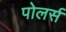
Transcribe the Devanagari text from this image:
पोलर्स